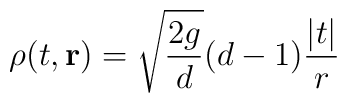
\rho(t,{\bf r})=\sqrt{2g\over d}(d-1){|t|\over r}